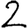
Digit: 2